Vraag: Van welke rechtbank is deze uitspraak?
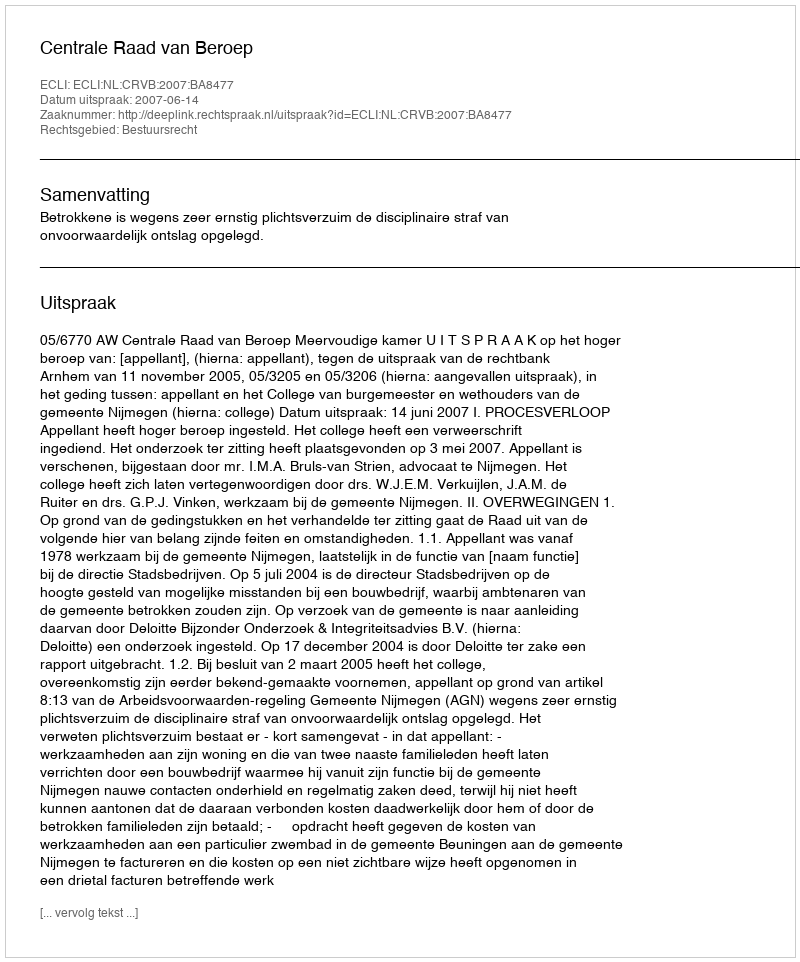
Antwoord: Centrale Raad van Beroep